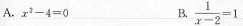
A.x1-4=0 B $$\frac{1}{x-2}=1$$